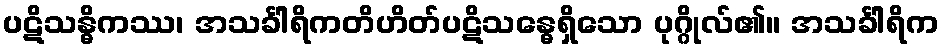
ပဋိသန္ဓိကဿ၊ အသင်္ခါရိကတိဟိတ်ပဋိသန္ဓေရှိသော ပုဂ္ဂိုလ်၏။ အသင်္ခါရိက